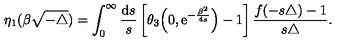
\eta _ { 1 } ( \beta \sqrt { - \triangle } ) = \int _ { 0 } ^ { \infty } { \frac { { \mathrm { d } } s } { s } } \left[ \theta _ { 3 } \Big ( 0 , { \mathrm e } ^ { - { \frac { \beta ^ { 2 } } { 4 s } } } \Big ) - 1 \right] \frac { f ( - s \triangle ) - 1 } { s \triangle } .